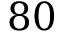
8 0